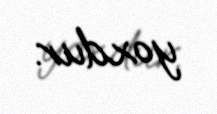
yoxdur.